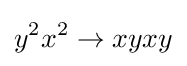
y^{2}x^{2}\rightarrow xyxy